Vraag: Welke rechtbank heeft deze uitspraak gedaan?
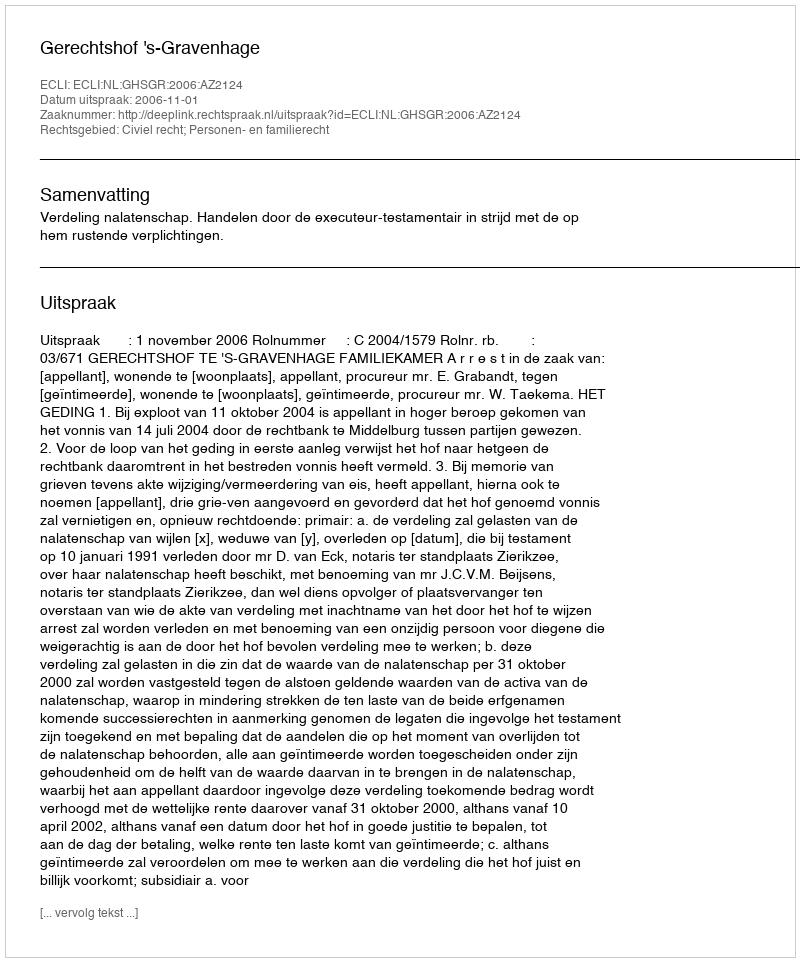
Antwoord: Gerechtshof 's-Gravenhage